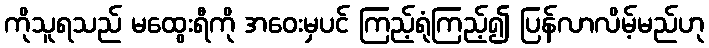
ကိုသူရသည် မထွေးရီကို အဝေးမှပင် ကြည့်ရုံကြည့်၍ ပြန်လာလိမ့်မည်ဟု